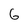
Character: 6